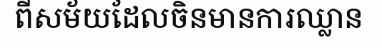
ពីសម័យដែលចិនមានការឈ្លាន